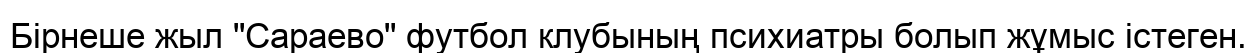
Бірнеше жыл "Сараево" футбол клубының психиатры болып жұмыс істеген.